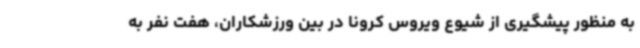
به منظور پیشگیری از شیوع ویروس کرونا در بین ورزشکاران، هفت نفر به